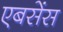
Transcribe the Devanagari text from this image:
एबसेंस